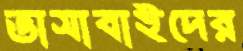
ভাসাবাইদের